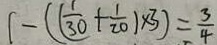
1 - ( ( \frac { 1 } { 3 0 } + \frac { 1 } { 2 0 } ) \times 3 ) = \frac { 3 } { 4 }